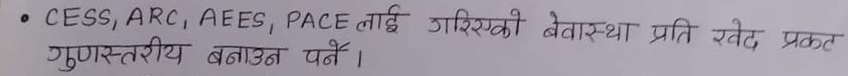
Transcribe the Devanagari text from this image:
• CESS, ARC, AEES, PACE लाई गरिएको बेवास्था प्रति खेद प्रकट गुणस्तरीय बनाउन पर्ने।